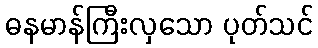
ဓနမာန်ကြီးလှသော ပုတ်သင်